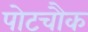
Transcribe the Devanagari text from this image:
पोटचौक